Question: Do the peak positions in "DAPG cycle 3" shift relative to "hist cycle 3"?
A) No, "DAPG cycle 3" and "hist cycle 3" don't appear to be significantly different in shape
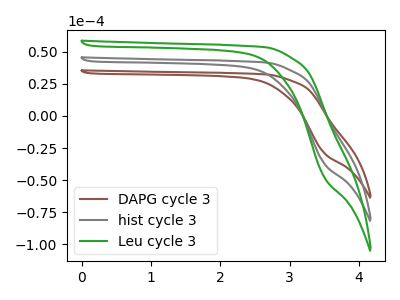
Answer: <think>The brown curve "DAPG cycle 3" has no peaks. The gray curve "hist cycle 3" has no peaks. The green curve "Leu cycle 3" has no peaks.
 Neither "DAPG cycle 3" or "hist cycle 3" have any peaks.</think>
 <answer>A) No, "DAPG cycle 3" and "hist cycle 3" don't appear to be significantly different in shape</answer>
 <eval>A</eval>